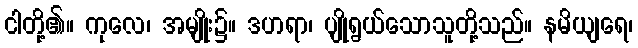
ငါတို့၏။ ကုလေ၊ အမျိုး၌။ ဒဟရာ၊ ပျိုရွယ်သောသူတို့သည်။ နမိယျရေ၊